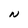
Character: N